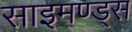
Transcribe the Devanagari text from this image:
साइमण्ड्स